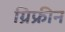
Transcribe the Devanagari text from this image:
ग्रिफ्रीन